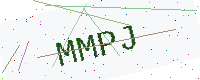
Text: MMPJ